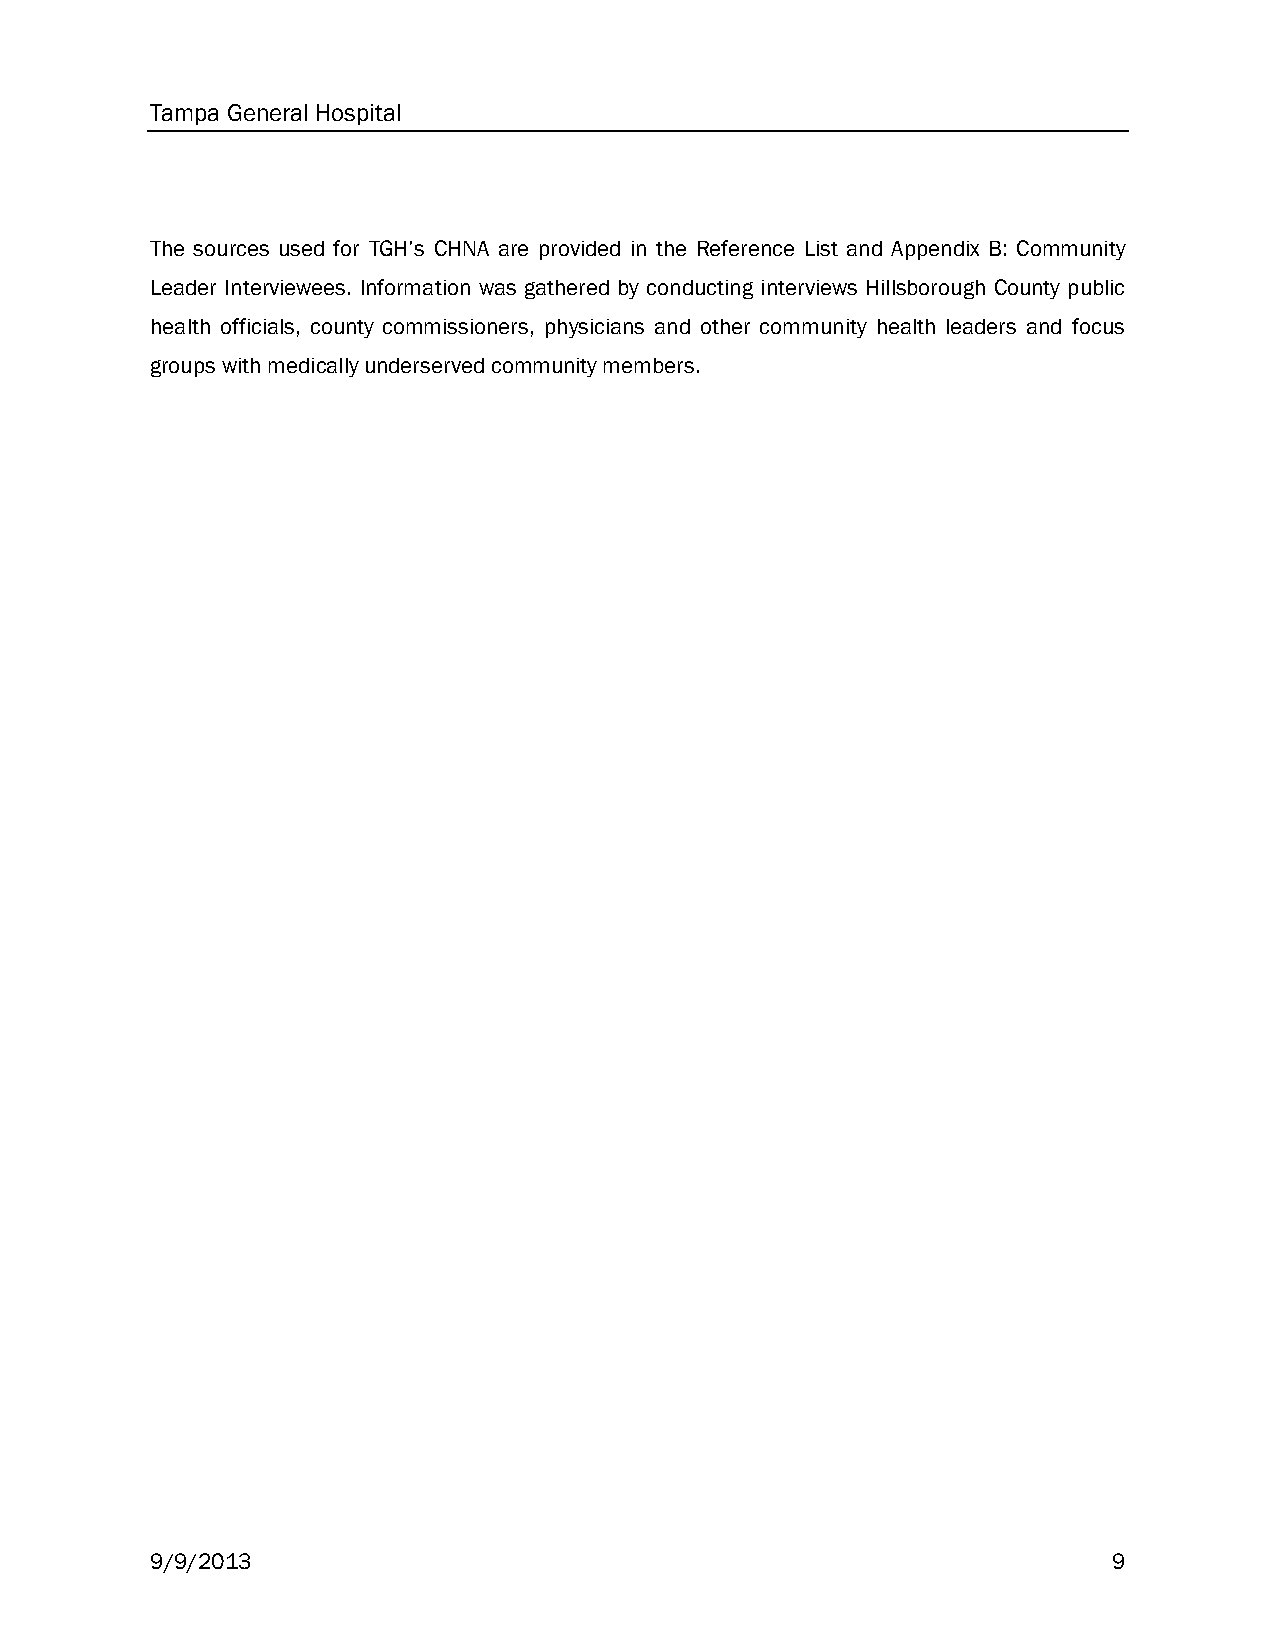
Tampa General Hospital
 The sources used for TGH’s CHNA are provided in the Reference List and Appendix B: Community
 Leader Interviewees. Information was gathered by conducting interviews Hillsborough County public
 health officials, county commissioners, physicians and other community health leaders and focus
 groups with medically underserved community members.
 9/9/2013                                                        9